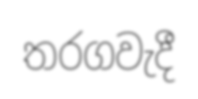
තරගවැදී